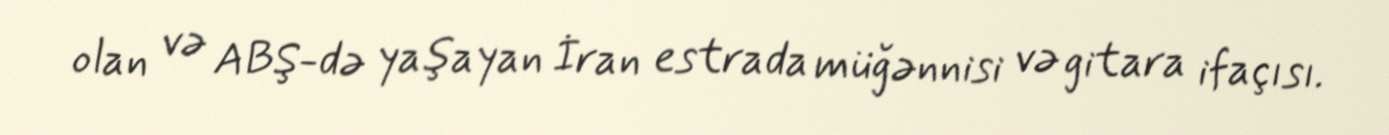
olan və ABŞ-də yaşayan İran estrada müğənnisi və gitara ifaçısı.